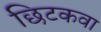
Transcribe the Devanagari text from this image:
छिटकवा